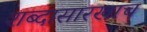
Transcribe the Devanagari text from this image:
शब्दासारखाच